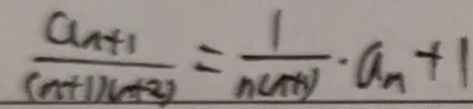
\frac { a _ { n + 1 } } { ( n + 1 ) ( n + 2 ) } = \frac { 1 } { n ( n + 1 ) } \cdot a _ { n } + 1